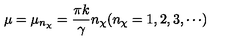
\mu = \mu _ { n _ { \chi } } = \frac { \pi k } { \gamma } n _ { \chi } ( n _ { \chi } = 1 , 2 , 3 , \cdots )